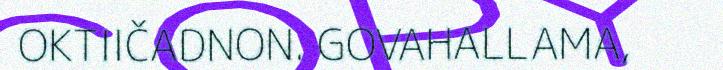
OKTIIČADNON. GOVAHALLAMA,